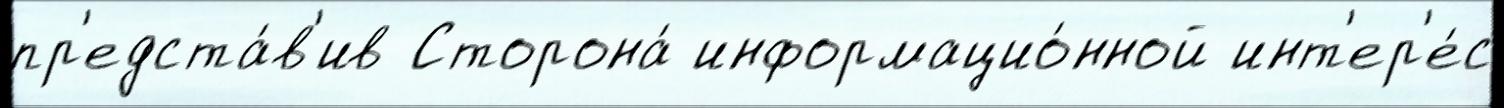
пр'едста́в'ив Сторона́ информацио́нной инт'ер'е́с